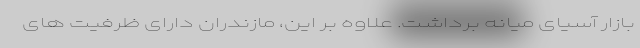
بازار آسیای میانه برداشت. علاوه بر این، مازندران دارای ظرفیت های